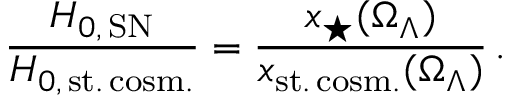
\frac { H _ { 0 , \, \mathrm { S N } } } { H _ { 0 , \, \mathrm { s t . \, c o s m . } } } = \frac { x _ { \star } ( \Omega _ { \Lambda } ) } { x _ { \mathrm { s t . \, c o s m . } } ( \Omega _ { \Lambda } ) } \, .